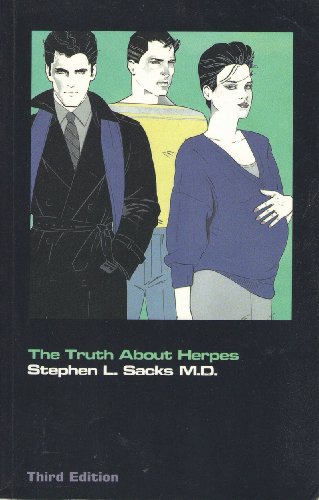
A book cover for The Truth About Herpes; Stephen Sacks; Health, Fitness & Dieting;